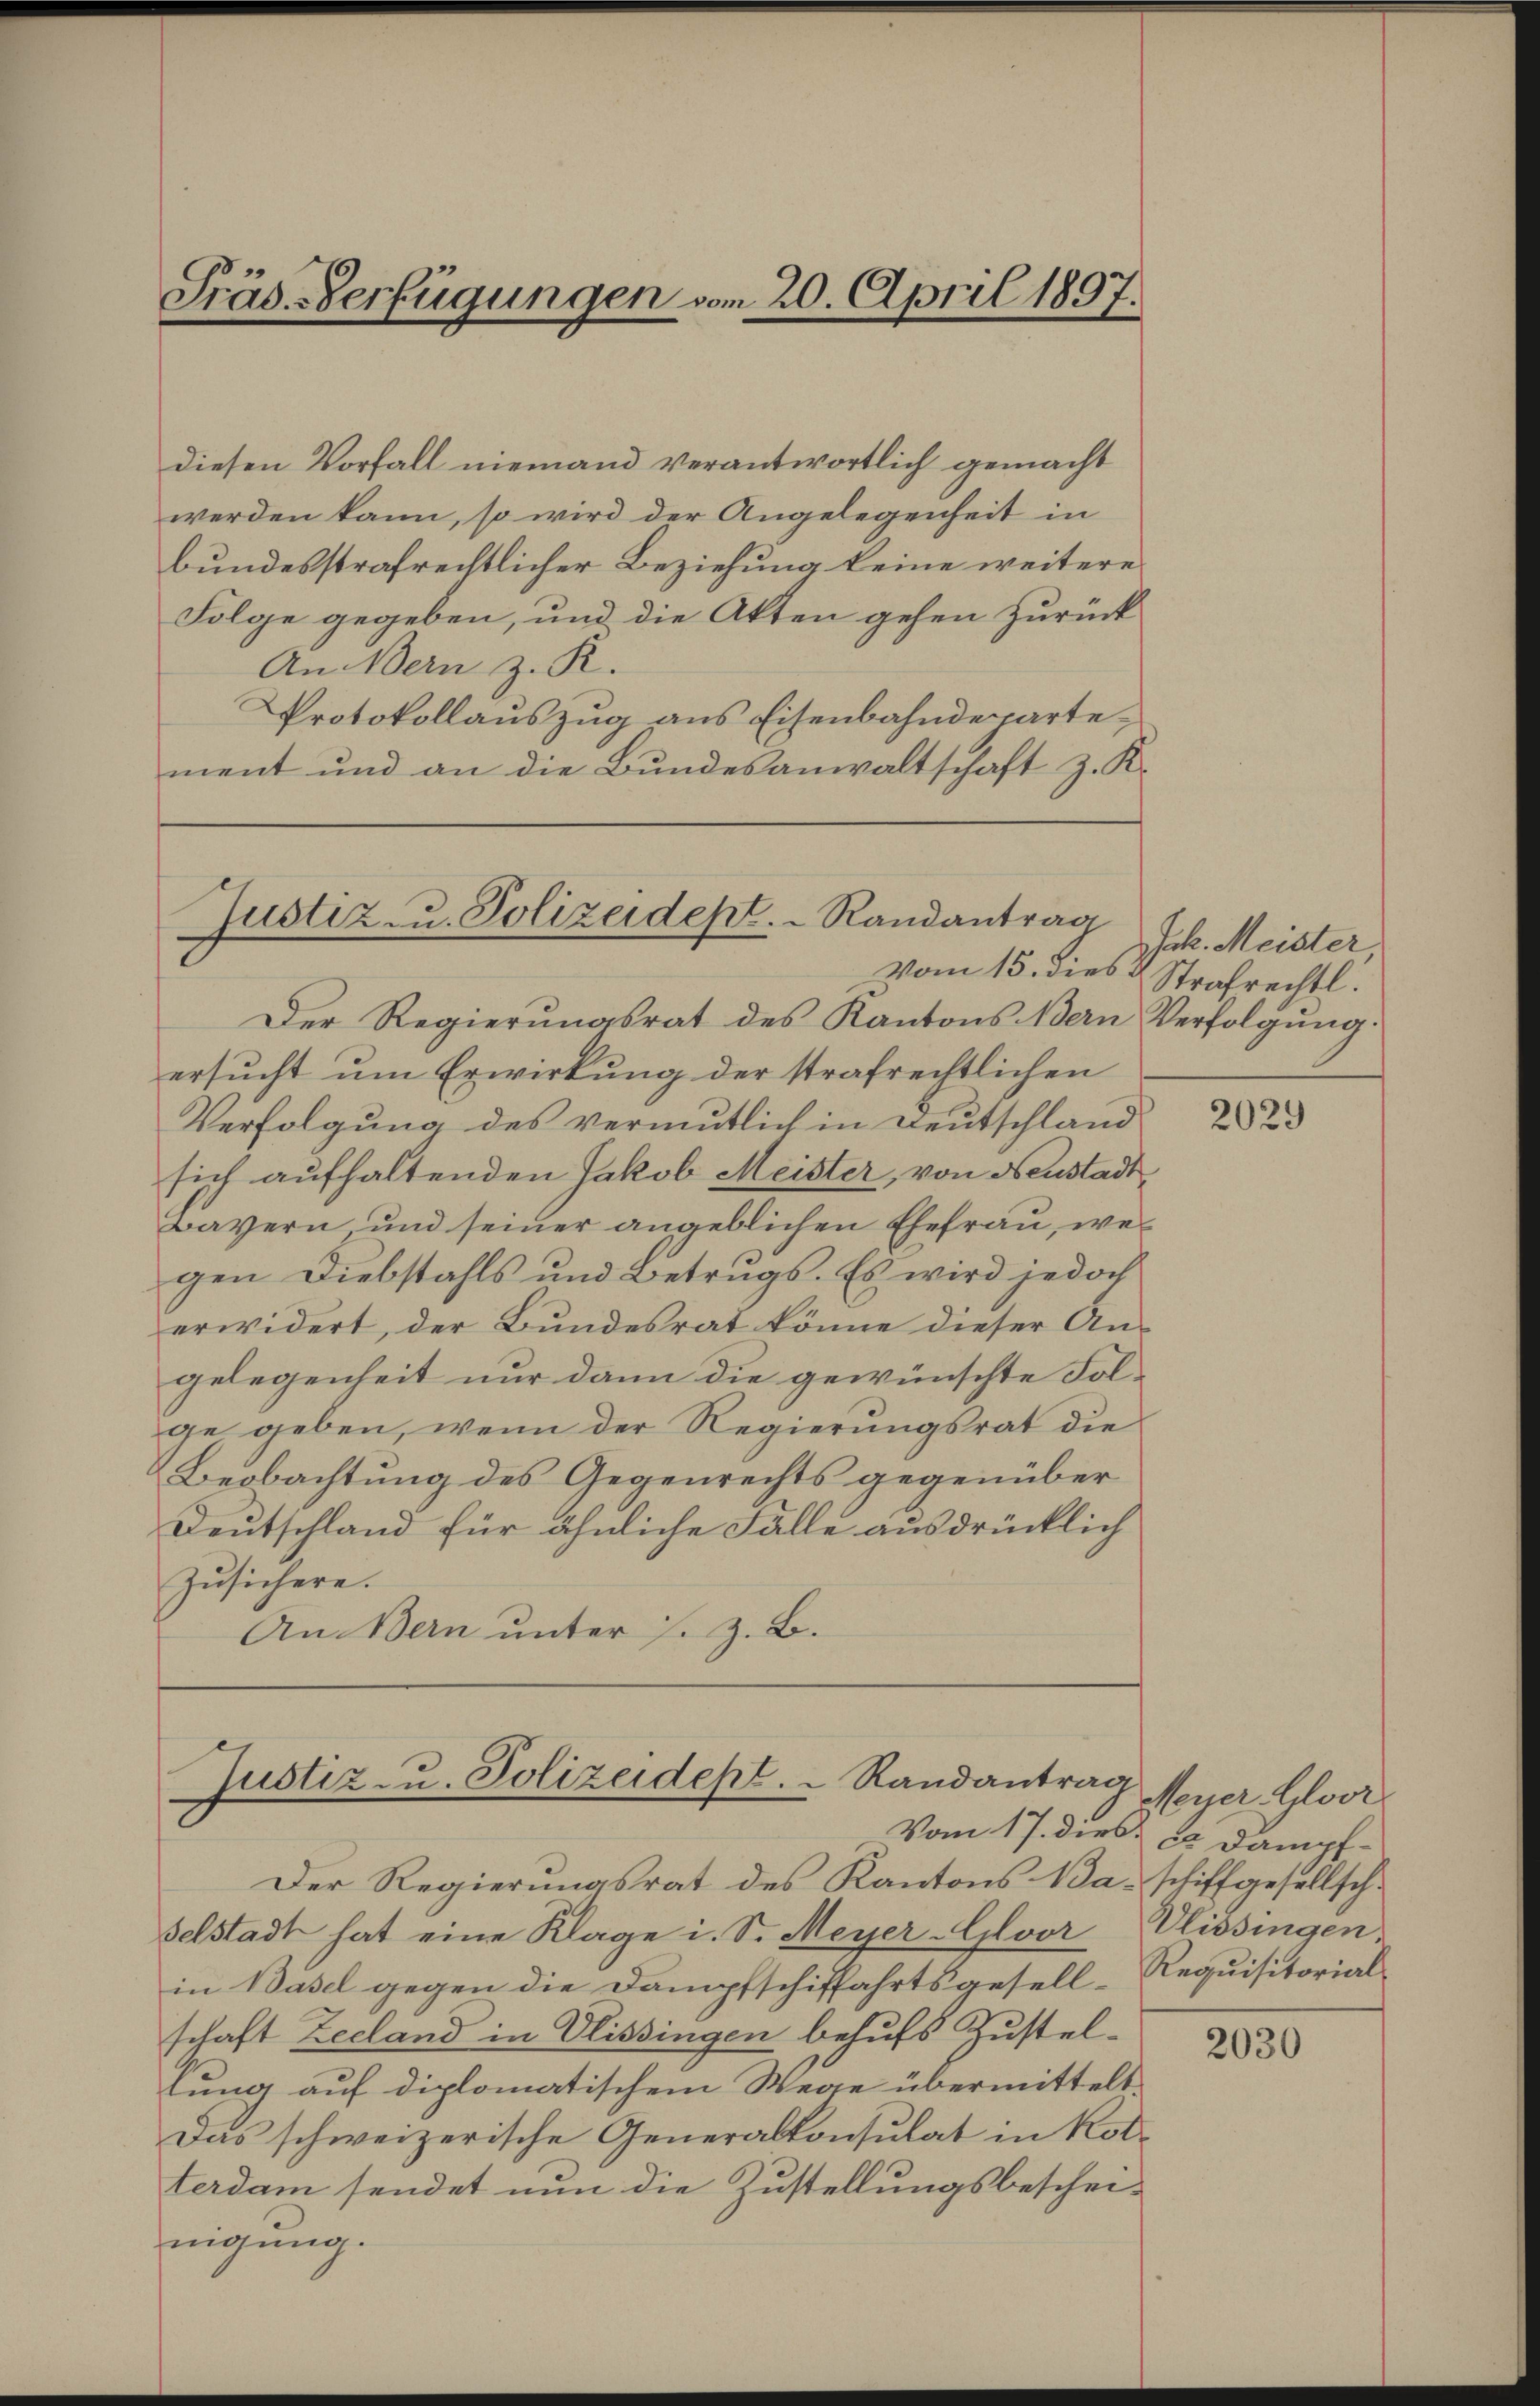
Präs. Verfügungen vom 20. April 1897.

diesen Vorfall niemand verantwortlich gemacht
werden kann, so wird der Angelegenheit in
bundesstrafrechtlicher Beziehung keine weitere
Folge gegeben, und die Akten gehen zurück
An Bern z. R.
Protokollauszug aus Eisenbahndepartement und an die Bundesanwaltschaft z. K.

Justiz- u. Polizeidept. Randantrag
Vom 15. dies & Strafrechtl.

Justiz- u. Polizeidept.  Randantrag
Vom 17. dies u Dampf-

Jak. Meister

Der Regierungsrat des Kantons Bern Verfolgung.
ersucht um Erwirkung der strafrechtlichen
Verfolgung des vermutlich in Deutschland
sich aufhaltenden Jakob Meister, von Neustadt¬
Bayern, und seiner angeblichen Ehefrau, wei
gen Diebstahls und Betrugs. Es wird jedoch
erwidert, der Bundesrat könne dieser An-
gelegenheit nur dann die gewünschte Fol-
ge geben, wenn der Regierungsrat die
Beobachtung des Gegenrechts gegenüber
Deutschland für ähnliche Fälle ausdrücklich
Zusichere.
An Bern unter s. z. B.

Der Regierungsrat des Kantons Waschiffgesellschselstadt hat eine Klage i. S. Meyer Gloor Ulissingen,
in Basel gegen die Dampfschiffahrtsgesell-Requisitorial-
schaft Zeeland in Elissingen behufs Zustellung auf diplomatischem Wege übermittelt.
Das schweizerische Generalkonsulat in Kolterdam sendet nun die Zustellungsbeschei-
nigung.

2029

Meyer. Gloor

2030